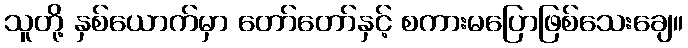
သူတို့ နှစ်ယောက်မှာ တော်တော်နှင့် စကားမပြောဖြစ်သေးချေ။